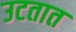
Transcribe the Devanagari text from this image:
उटतात